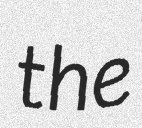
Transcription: the